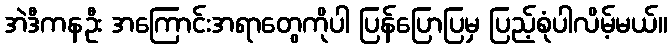
အဲဒီကနဦး အကြောင်းအရာတွေကိုပါ ပြန်ပြောပြမှ ပြည့်စုံပါလိမ့်မယ်။